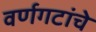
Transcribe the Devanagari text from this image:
वर्णगटांचे